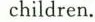
children.